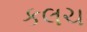
કલચ